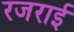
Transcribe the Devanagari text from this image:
रजराई